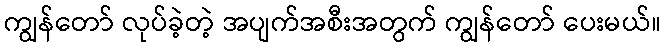
ကျွန်တော် လုပ်ခဲ့တဲ့ အပျက်အစီးအတွက် ကျွန်တော် ပေးမယ်။